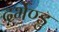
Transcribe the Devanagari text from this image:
दर्भेण्डु